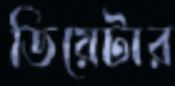
ডিয়েটার